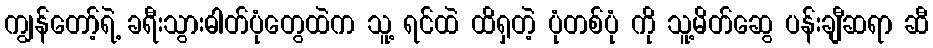
ကျွန်တော့်ရဲ့ ခရီးသွားဓါတ်ပုံတွေထဲက သူ့ ရင်ထဲ ထိရှတဲ့ ပုံတစ်ပုံ ကို သူ့မိတ်ဆွေ ပန်းချီဆရာ ဆီ